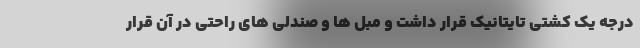
درجه یک کشتی تایتانیک قرار داشت و مبل ها و صندلی های راحتی در آن قرار